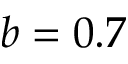
b = 0 . 7